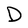
Character: D